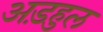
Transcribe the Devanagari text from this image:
अड़हुल